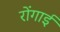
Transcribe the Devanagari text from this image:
रोंगाई